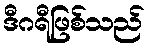
ဒီဂရီဖြစ်သည်